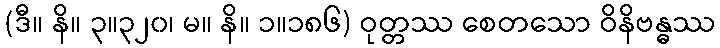
(ဒီ။ နိ။ ၃။၃၂၀၊ မ။ နိ။ ၁။၁၈၆) ဝုတ္တဿ စေတသော ဝိနိဗန္ဓဿ